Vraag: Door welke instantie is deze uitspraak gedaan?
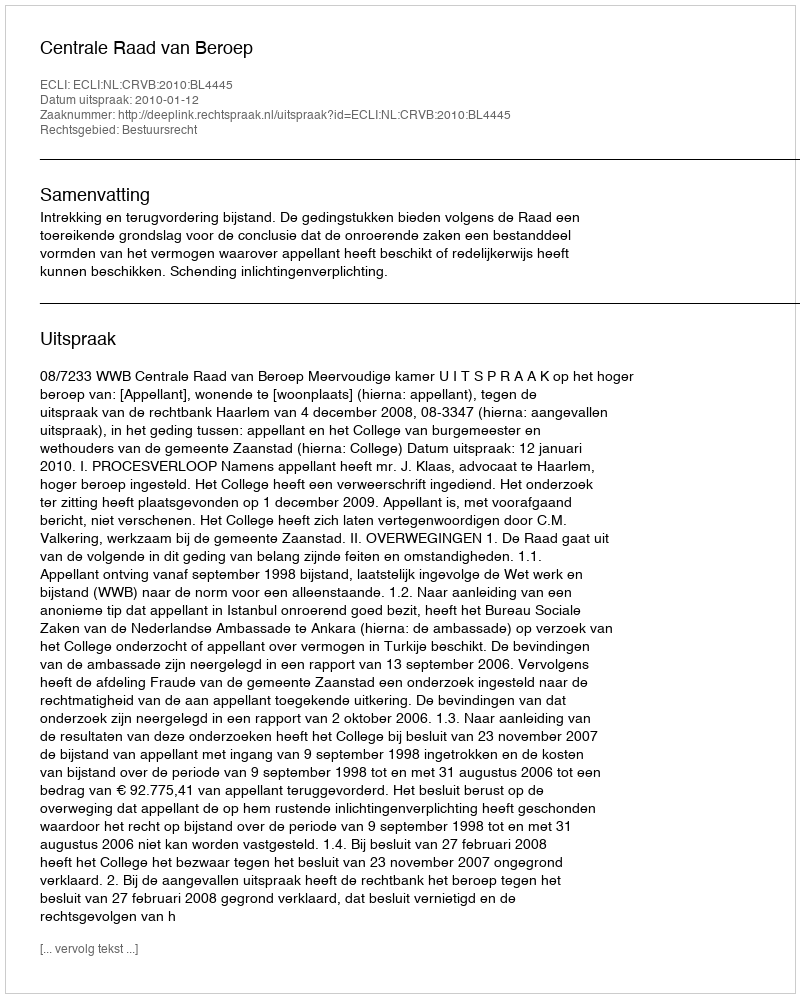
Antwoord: Centrale Raad van Beroep